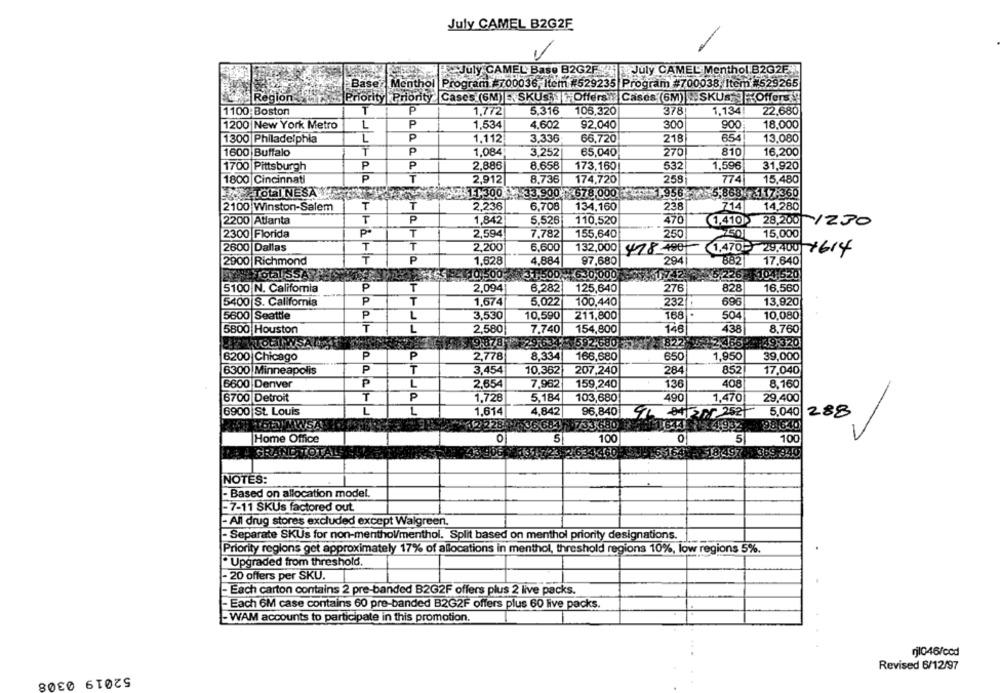
July CAMEL B2G2F
July CAMEL Base B2G2F94
July CAMEL Menthol B2G2F%
Base Menthol Program #700036, Item #529235 Program #700038, Item #529265
Priority Priority Cases (6M) , SKUS Offers : Cases (6M) . SKUS Offers!
Region
1100; Boston
T
P
1,772
5.316
106,320
378
1,134!
22,680
1200 New York Metro
L
P
1.534
4,602
92,040
300
900
18,000
1300 Philadelphia
L
P
1.112
3,336
66,720
218
654
13,080
1600 Buffalo
T
P
1,084
3.252
65,040
270
810
16,200
1700 Pittsburgh
P
P
2,886
8.658
173.160
532
1,596
31,920
1800 Cincinnati
P
T
2,912
8,736
174,720
258
774
15,480
TOLaINESA
$11-300
33.900 * 678,000 *
1,956 5,868 -117-360
2100 Winston-Salem
T
T
2,236
6,708
134,160
238
714
14,280
2200 Atlarıta
T
P
1,842
5.526
110,520
470
1,410 28,200 1230
2300 Florida
P.
T
2,594
7,782
155,640
250
7501
15,000
2600 Dallas
T
T
2,200
6,600
132,000 478-480-
1.470- 29.400 1614
2900 Richmond
T
P
1,628
4,884
97,680
294
8821
17,640
Total SSA
HES 4 10 500
31,500 -630,000
1742 5,226 104:620
5100 N. California
P
T
2,094
6.282
125,640
276
828
16,560
5400 S. California
P
T
1,674
5.022
100,440
232
696
13,920
5600 Seattle
P
L
3,530
10,590
211,800
168
504
10,080
5800 Houston
T
L
2,580
7,740
154,800
146
438
8,760
9:878
29.634
₩592-680
822
¥2.466.
749-320
P
P
6200 Chicago
2,778
8.33
166,680
650
1,950
39,000
6300 Minneapolis
P
T
3,454
10.362
207,240
284
852
17,040
6600 Denver
P
L
2,654
7.982
159,240
136
408
8,160
6700 Detroit
T
P
1,728
5.184
103,680
490
1,470
29,400
6900 St. Louis
L
L
1,614
4,842
96,840
96 84/201 2527
5,040
288
17228 9 36 681 733 680
88.640
Home Office
0
5
100
0
5
100
GRAND
634.460
18497 : 369 :340
NOTES:
- Based on allocation model.
-7-11 SKUs factored out
- All drug stores excluded except Walgreen.
Separate SKUs for non-mentholmenthol. Split based on menthol priority designations.
Priority regions get approximately 17% of allocations in menthol, threshold regions 10%, low regions 5%.
"Upgraded from threshold.
- 20 offers per SKU.
Each carton contains 2 pre-banded B2G2F offers plus 2 live packs.
-Each 6M case contains 60 pre-banded B2G2F offers plus 60 live packs.
- WAM accounts to participate in this promotion.
rj1046/ccd
Revised 6/12/97
52019 0308